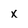
Character: x